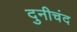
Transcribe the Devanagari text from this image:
दुनीचंद